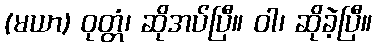
(မယာ) ဝုတ္တံ၊ ဆိုအပ်ပြီ။ ဝါ၊ ဆိုခဲ့ပြီ။